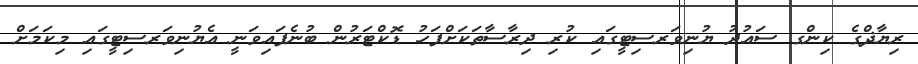
ރިޔާޛްގެ ކިންގ ސައުދު ޔުނިވަރސިޓީގައި ކުރި ދިރާސާތަކަށްފަހު ޑޮކްޓަރުން ބުނެފައިވަނީ އެޔުނިވަރސިޓީގައި މިކަމަށް